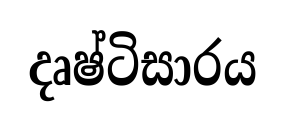
දෘෂ්ටිසාරය